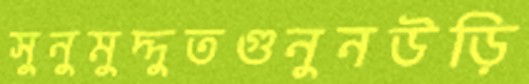
সুনুমুদ্দুতগুনুনউড়ি